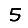
Digit: 5